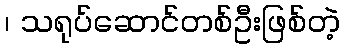
၊ သရုပ်ဆောင်တစ်ဦးဖြစ်တဲ့